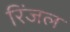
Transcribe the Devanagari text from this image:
रिंजल